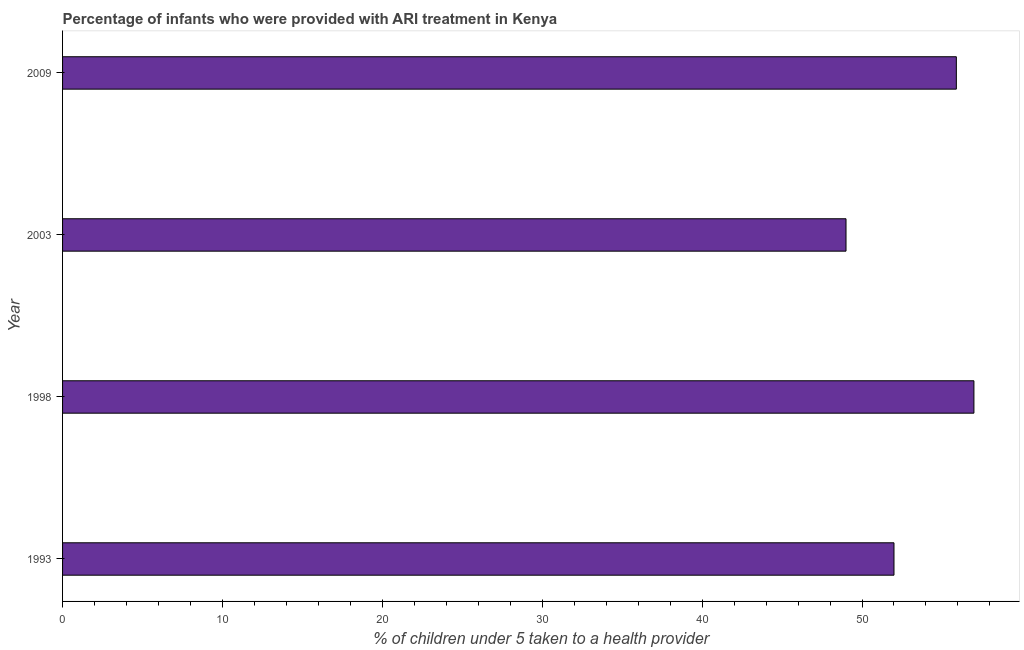
| Year | ARI treatment |
 | --- | --- |
 | 1993 | 52 |
 | 1998 | 57 |
 | 2003 | 49 |
 | 2009 | 55.9 |